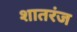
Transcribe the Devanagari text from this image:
शातरंज